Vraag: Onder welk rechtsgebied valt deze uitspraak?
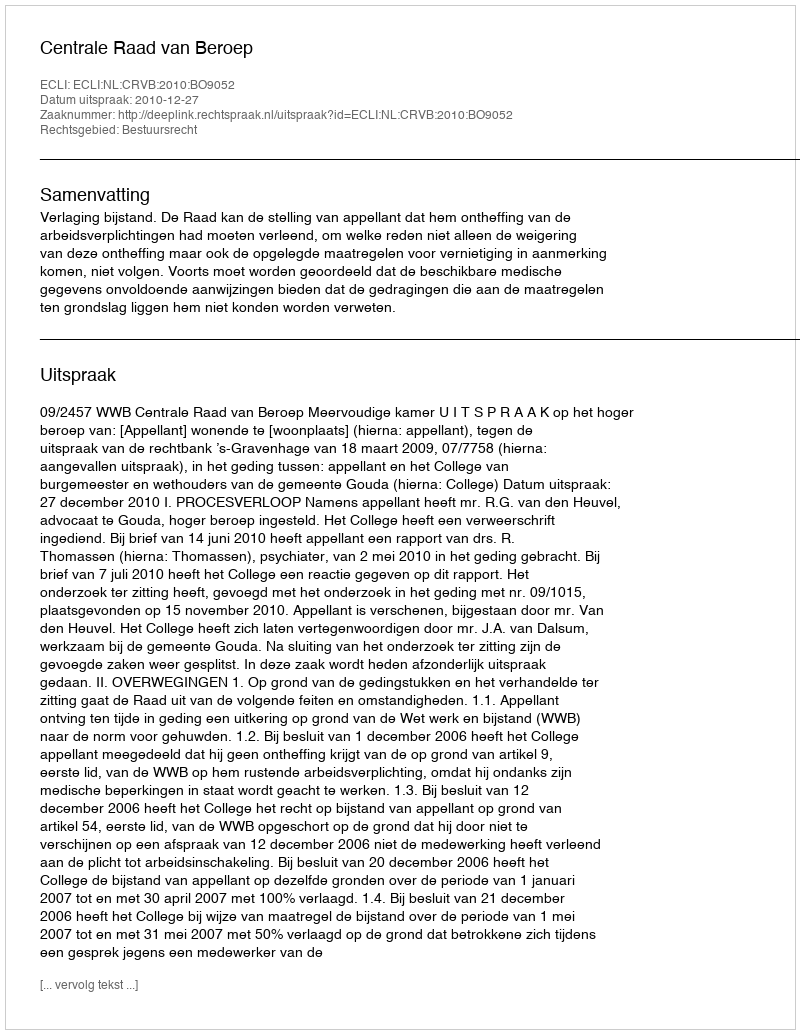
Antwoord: Bestuursrecht